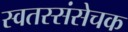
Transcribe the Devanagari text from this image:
स्वतस्संसेचक